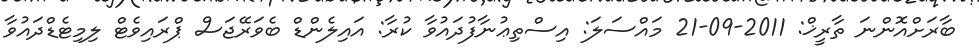
ބާރަށްއޮންނަ ތާރީޚް: 2011-09-21 މައްސަލަ: އިސްތިޢުނާފުދައުވާ ކުރާ: އައިލެންޑް ބެވަރޭޖަސް ޕްރައިވެޓް ލިމިޓެޑްދައުވާ